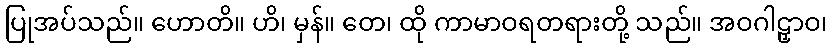
ပြုအပ်သည်။ ဟောတိ။ ဟိ၊ မှန်။ တေ၊ ထို ကာမာဝရတရားတို့ သည်။ အဝဂါဠှာဝ၊